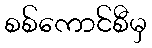
စစ်ကောင်စီမှ